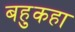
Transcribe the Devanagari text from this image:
बहुकहा